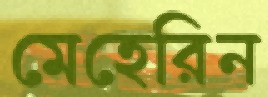
মেহেরিন